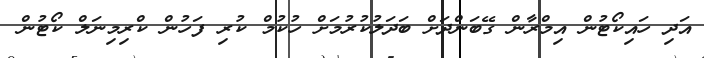
އަދި ހައިކޯޓުން އިމްރާން ގޭބަންދަށް ބަދަލުކުރުމަށް ހުކުމް ކުރި ފަހުން ކްރިމިނަލް ކޯޓުން